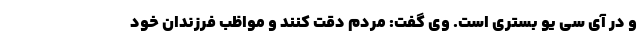
و در آی سی یو بستری است. وی گفت: مردم دقت کنند و مواظب فرزندان خود